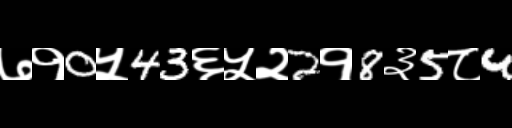
Text: ७१0५43६५२2१8३5८4